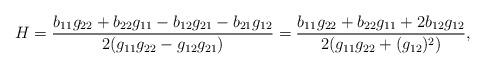
LaTeX: \begin{align*}H=\frac{b_{11}g_{22}+b_{22}g_{11}-b_{12}g_{21}-b_{21}g_{12}}{2(g_{11}g_{22}-g_{12}g_{21})}=\frac{b_{11}g_{22}+b_{22}g_{11}+2b_{12}g_{12}}{2(g_{11}g_{22}+(g_{12})^2)},\end{align*}